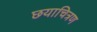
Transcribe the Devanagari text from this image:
छयाचित्रण